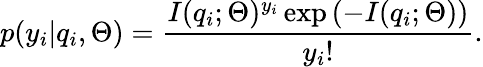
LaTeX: p(y_{i}|q_{i},\Theta)=\frac{I(q_{i};\Theta)^{y_{i}}\exp\left(-I(q_{i};\Theta)\right)}{y_{i}!}.